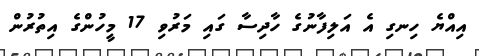
އިއްޔެ ހިނގި އެ އަލިފާނުގެ ހާދިސާ ގައި މަރުވި 17 މީހުންގެ އިތުރުން